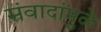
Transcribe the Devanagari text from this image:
संवादांमुळे